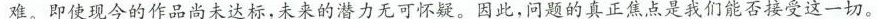
难，即使现今的作品尚未达标，未来的潜力无可怀疑。因此，问题的真正焦点是我们能否接受这一切。